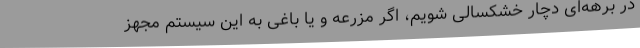
در برهه‌ای دچار خشکسالی شویم، اگر مزرعه‌ و یا باغی به این سیستم مجهز